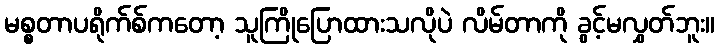
မစ္စတာပရိုက်စ်ကတော့ သူကြိုပြောထားသလိုပဲ လိမ်တာကို ခွင့်မလွှတ်ဘူး။